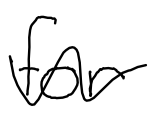
Text: for
Cross-out: wave
Writing tool: digital_black